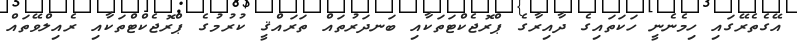
އޭގެތެރޭގައި ހިމެނެނީ ހަކަތައިގެ ދާއިރާގެ ޕްރޮޖެކްޓަތަކާއި ބަނދަރުތައް ތަރައްޤީ ކުރުމުގެ ޕްރޮޖެކްޓްތަކާއި ރެއިލްވޭތައް